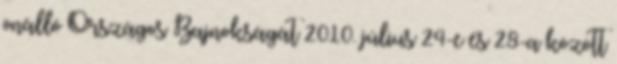
önálló Országos Bajnokságát 2010. július 24-e és 28-a között